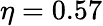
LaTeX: \eta=0.57